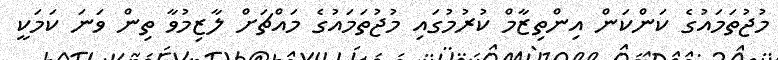
މުޖުތަމައުގެ ކަންކަން އިންތިޒާމް ކުރުމުގައި މުޖުތަމައުގެ މައްޗަށް ލާޒިމުވާ ތިން ވަނަ ކަމަކީ